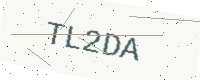
Text: TL2DA